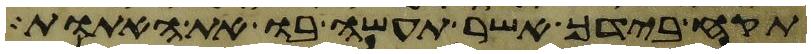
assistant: תקח בידך אשר תעשה בו את האתות